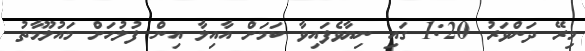
މިރޭ ދަންވަރު 1:20 ގައި ނިޔާވެފައިވާ ކަމަށް އާއިލާ އިން ފުލުހަށް މައުލޫމާތު